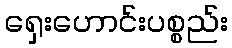
ရှေးဟောင်းပစ္စည်း